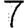
Digit: 7